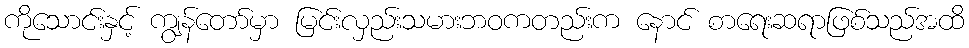
ကိုသောင်းနှင့် ကျွန်တော်မှာ မြင်းလှည်းသမားဘဝကတည်းက နောင် စာရေးဆရာဖြစ်သည်အထိ